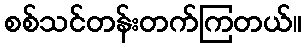
စစ်သင်တန်းတက်ကြတယ်။